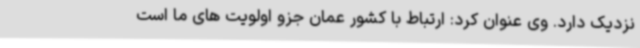
نزدیک دارد. وی عنوان کرد: ارتباط با کشور عمان جزو اولویت های ما است